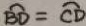
\widehat { B D } = \widehat { C D }